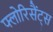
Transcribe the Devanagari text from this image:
फ्लोरिसैंट्स